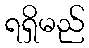
ရရှိမည်